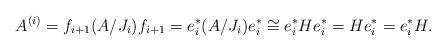
LaTeX: \begin{align*}A^{(i)}=f_{i+1} (A/J_i)f_{i+1}=e_i^\ast (A/J_i)e_i^\ast\cong e_i^\ast He_i^\ast=He_i^\ast=e_i^\ast H.\end{align*}